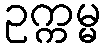
ဥက္ကမ္မ